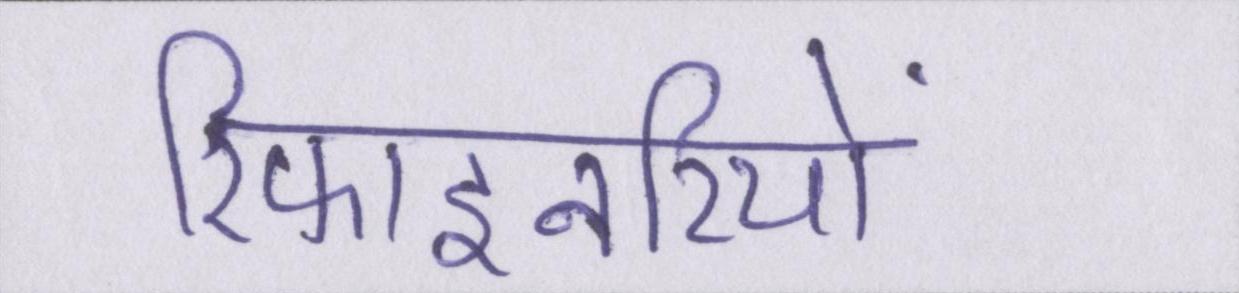
रिफाइनरियों